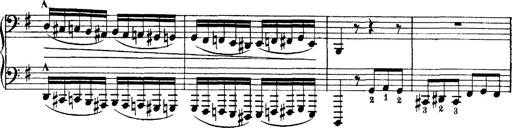
Title: Tarantelle di bravura dâ€™aprÃ¨s la tarantelle de La muette de Portici
Composer: Franz Liszt